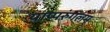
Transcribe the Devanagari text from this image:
याप्परुंगलम्